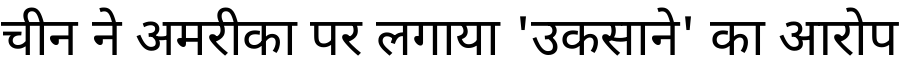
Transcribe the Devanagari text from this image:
चीन ने अमरीका पर लगाया 'उकसाने' का आरोप